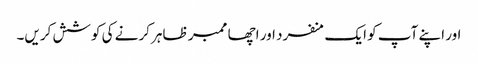
اور اپنے آپ کو ایک منفرد اور اچھا ممبر ظاہر کرنے کی کوشش کریں۔